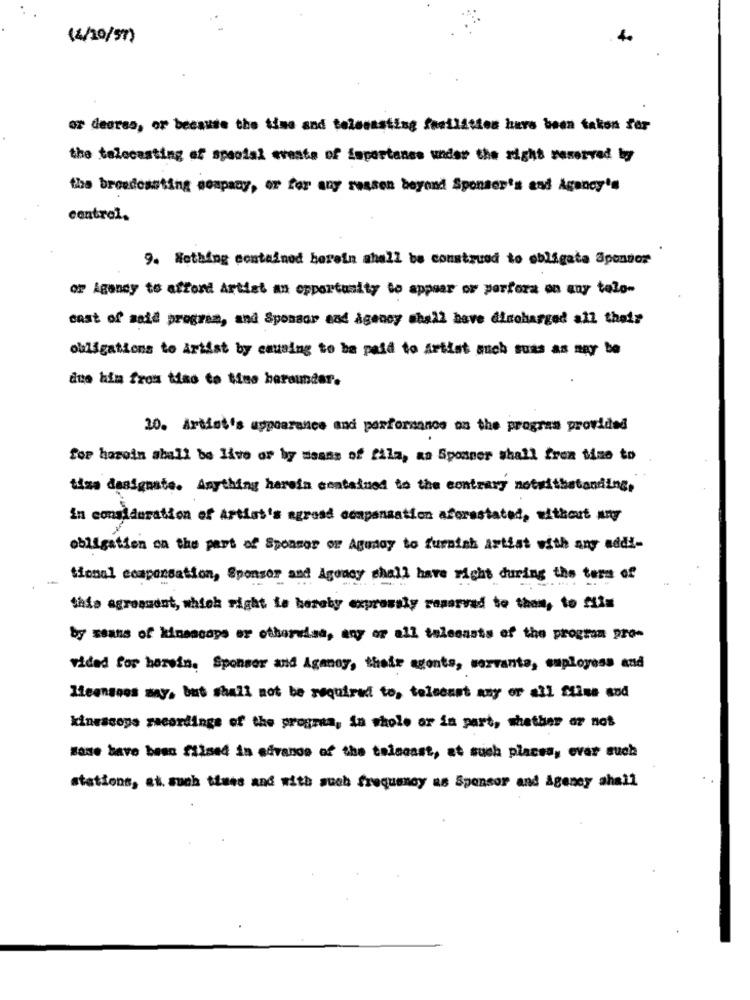
(4/10/97)
4.
or deares, or because the time and telecasting facilities have been taken fer
the talecasting of special events of Suportanes under the right reserved by
the breedessting company, or for any ressen beyond Sponser's and Agency's
9. Nothing contained herein shall be construed to obligata Sponsor
of Agency to afford Artist an opportunity to appear or porfora on any telo-
cost of said program, and Sponsor and agency shall have discharged all their
obligations to Artist by causing to be paid to Artist auch suas as may be
due him from tiao to tius hereunder.
20. Artist's appearance and performance on the program provided
for haroin aball be live or by means of fila, as Sponser shall from time to
time designate. Anything herein contained to the contrary notwithstanding,
in consideration of Artist's agresd compensation aforastated, without Any
obligation on the part of Sponsor or Agunoy to furnish artist with any addi-
Sional ecapensation, Sponsor and Agency shall have right during the ters of
this agressont, which right te hereby expressly resarvad to thom, to film
by ssans of kinescope or otherwise, any or all telecasts of the program pro-
vidad for herein. Sponser and Aganoy, their agents, servante, employess and
Hisensees may, but shall not be required to, telecast may or all Stine and
kinescope recordings of the program, in whole or in part, whether or not
Boxe have been filsed in advance of the telncast, at such places, evar such
stations, at. such tiues and with such frequency as Sponsor and Ageney ahall